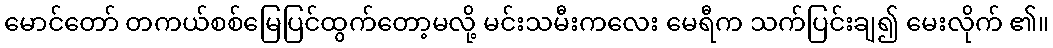
မောင်တော် တကယ်စစ်မြေပြင်ထွက်တော့မလို့ မင်းသမီးကလေး မေရီက သက်ပြင်းချ၍ မေးလိုက် ၏။